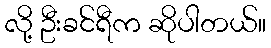
လို့ ဦးခင်ရီက ဆိုပါတယ်။